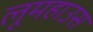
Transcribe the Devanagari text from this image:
लूमहाउस